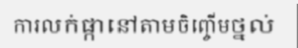
ការលក់ផ្កានៅតាមចិញ្ចើមថ្នល់